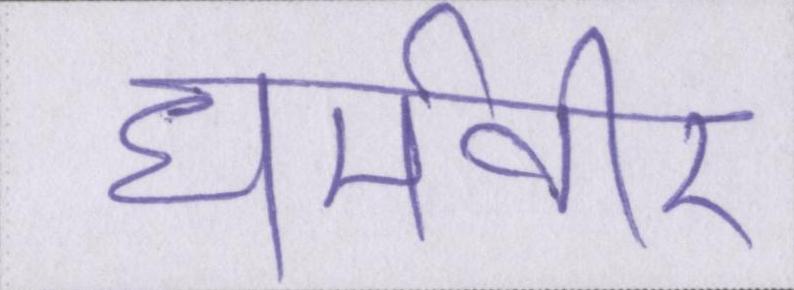
धर्मवीर